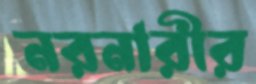
নরনারীর